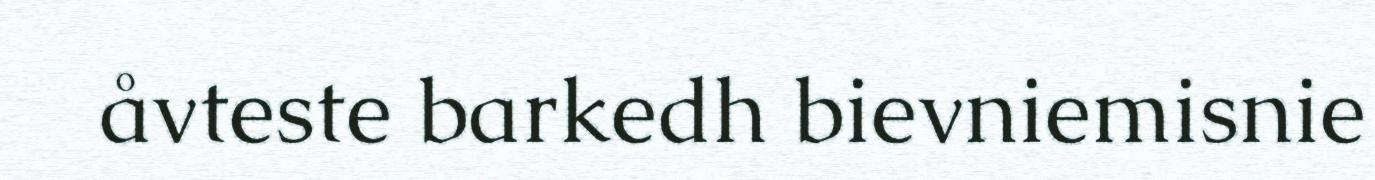
åvteste barkedh bievniemisnie